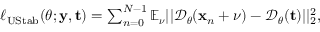
\begin{array} { r } { \ell _ { \mathrm { U S t a b } } ( \boldsymbol { \theta } ; \mathbf y , \mathbf t ) = \sum _ { n = 0 } ^ { N - 1 } \mathbb { E } _ { \boldsymbol \nu } | | \mathcal { D } _ { \boldsymbol { \theta } } ( \mathbf { x } _ { n } + \boldsymbol \nu ) - \mathcal { D } _ { \boldsymbol { \theta } } ( \mathbf t ) | | _ { 2 } ^ { 2 } , } \end{array}